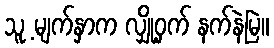
သူ့ မျက်နှာက လျှို့ဝှက် နက်နဲမြဲ။